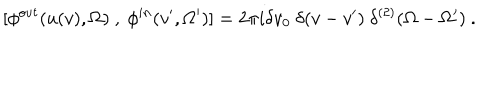
LaTeX: ~ [ \phi ^ { o u t } ( u ( v ) , \Omega ) ~ , ~ \phi ^ { i n } ( v ^ { \prime } , \Omega ^ { \prime } ) ] = 2 \pi i \delta v _ { 0 } ~ \delta ( v - v ^ { \prime } ) ~ \delta ^ { ( 2 ) } ( \Omega - \Omega ^ { \prime } ) ~ .